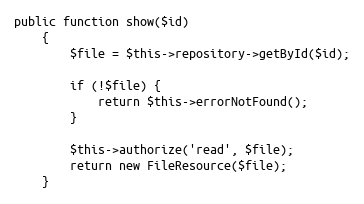
Language: PHP
public function show($id)
    {
        $file = $this->repository->getById($id);

        if (!$file) {
            return $this->errorNotFound();
        }

        $this->authorize('read', $file);
        return new FileResource($file);
    }